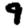
Digit: 9